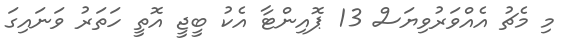
މި މެޗު އެއްވަރުވިޔަސް 13 ޕޮއިންޓާ އެކު ބީޖީ އޮތީ ހަތަރު ވަނައިގަ